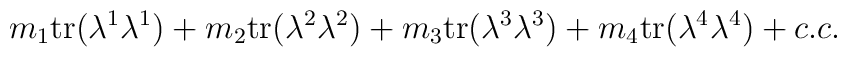
m_1 {\rm tr}(\lambda^1 \lambda^1) + m_2{\rm tr}(\lambda^2 \lambda^2) + m_3 {\rm tr}(\lambda^3 \lambda^3) +m_4 {\rm tr}(\lambda^4 \lambda^4) + c.c.